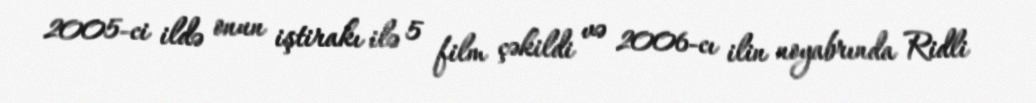
2005-ci ildə onun iştirakı ilə 5 film çəkildi və 2006-cı ilin noyabrında Ridli